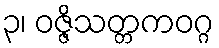
၃၊ ဝဇ္ဇိသတ္တကဝဂ္ဂ